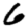
Digit: 6